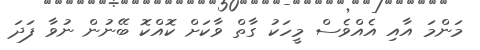
މަންމަ އާއި އެއްވެސް މީހަކު ގާތް ވާކަށް ކޮއްކޮ ބޭނުން ނުވާ ފަދަ